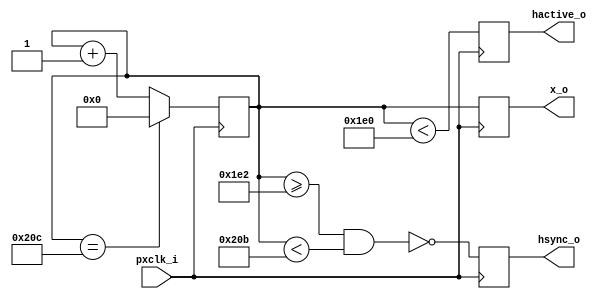
// According to LCD manual, it is falling-edge triggered.
module hcounter (
    input pxclk_i,          // pixel clock
    output reg hactive_o ,  // horizontal signal in active zone
    output reg hsync_o,     // horizontal sync pulse
    output reg [9:0] x_o = 0 // pixel column (0 ~ hactive-1)
);

localparam hactive      = 480;
localparam hfront_porch = 2;
localparam hsync_len    = 41;
localparam hback_porch  = 2;

localparam maxcount  = hactive + hfront_porch + hback_porch + hsync_len;
localparam syncstart = hactive + hback_porch;
localparam syncend   = syncstart + hsync_len;

reg [9:0] counter = 0;

always @(posedge pxclk_i) begin
    if (counter == maxcount - 1)
        counter <= 0;
    else
        counter <= counter + 1'b1;

    x_o       <= counter;
    hactive_o <= (counter < hactive);
    hsync_o   <= ~(counter >= syncstart & counter < syncend);
end


endmodule